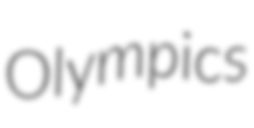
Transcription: Olympics